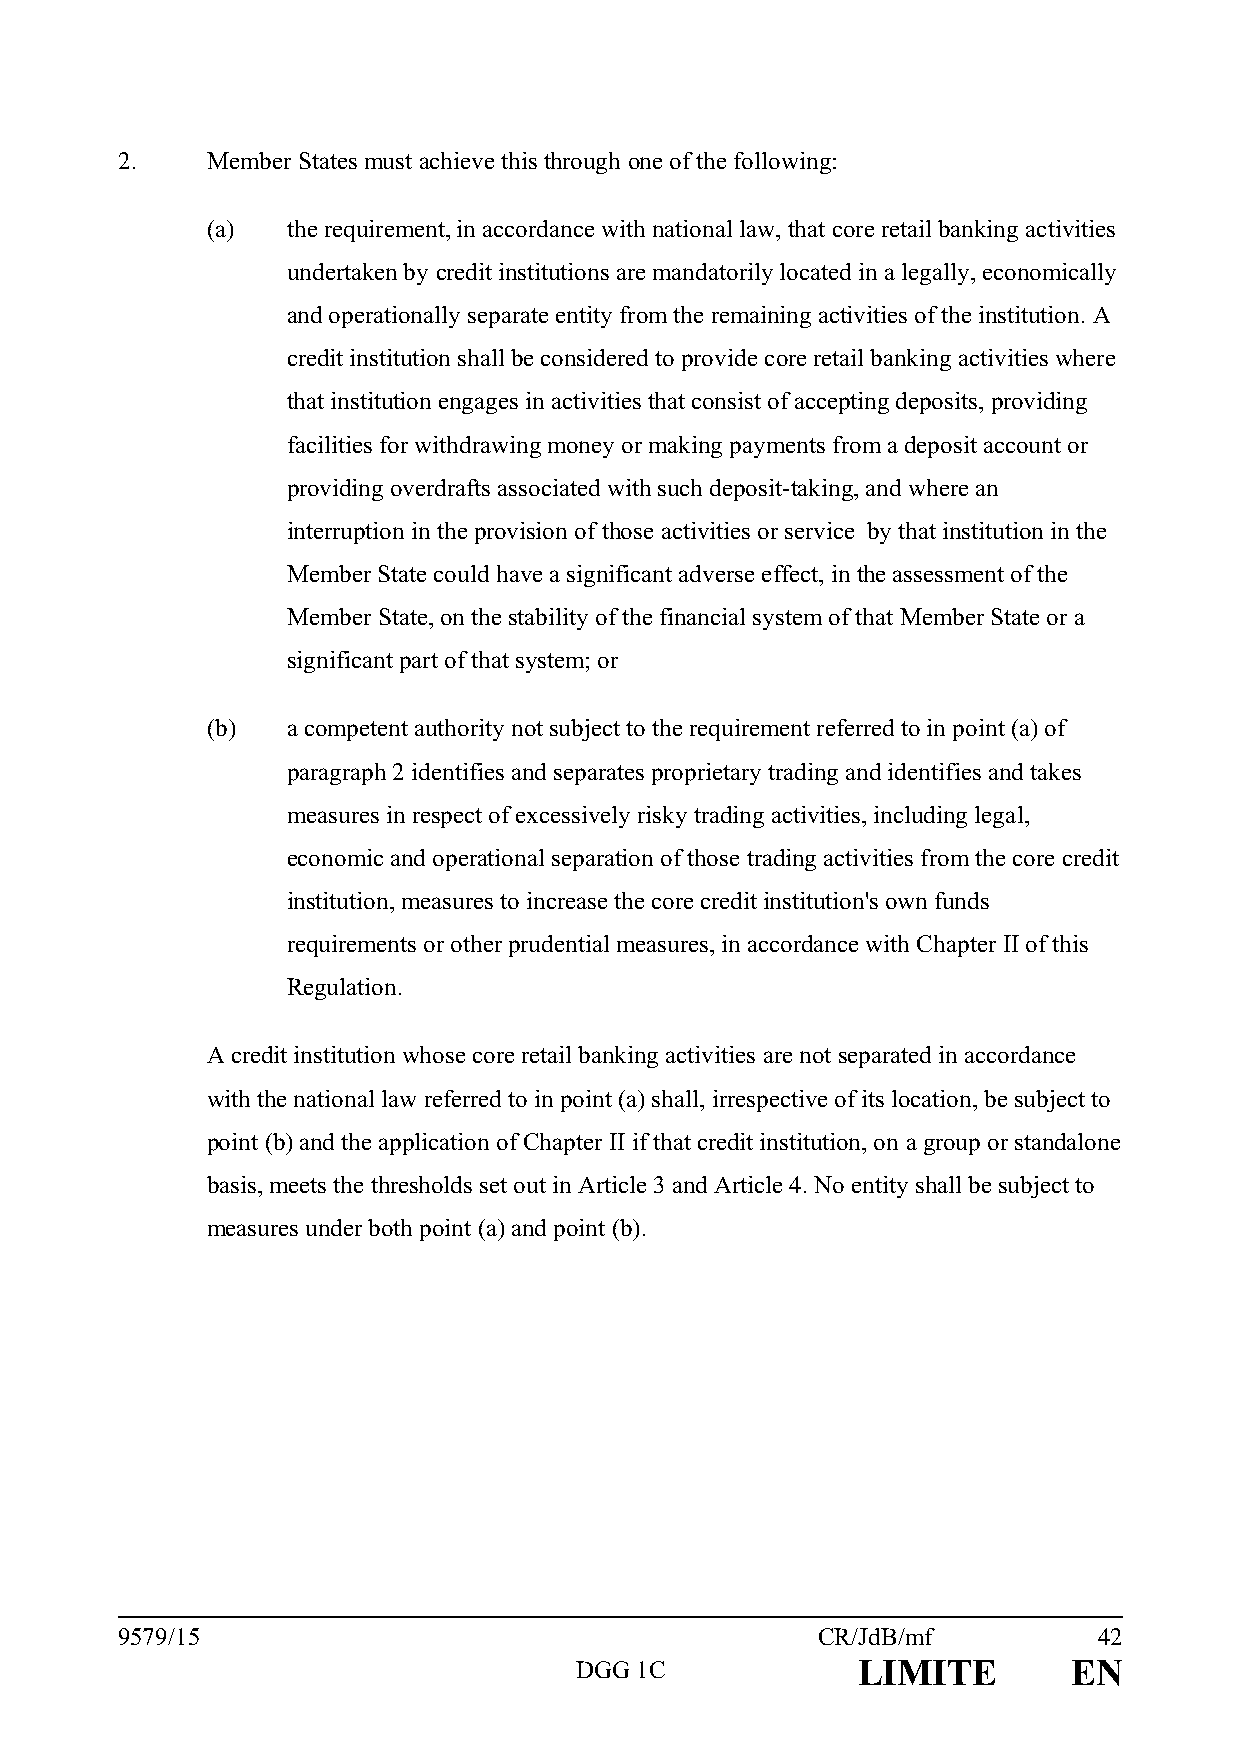
2.    Member States must achieve this through one of the following:
 (a)  the requirement, in accordance with national law, that core retail banking activities
 undertaken by credit institutions are mandatorily located in a legally, economically
 and operationally separate entity from the remaining activities of the institution. A
 credit institution shall be considered to provide core retail banking activities where
 that institution engages in activities that consist of accepting deposits, providing
 facilities for withdrawing money or making payments from a deposit account or
 providing overdrafts associated with such deposit-taking, and where an
 interruption in the provision of those activities or service by that institution in the
 Member State could have a significant adverse effect, in the assessment of the
 Member State, on the stability of the financial system of that Member State or a
 significant part of that system; or
 (b)  a competent authority not subject to the requirement referred to in point (a) of
 paragraph 2 identifies and separates proprietary trading and identifies and takes
 measures in respect of excessively risky trading activities, including legal,
 economic and operational separation of those trading activities from the core credit
 institution, measures to increase the core credit institution's own funds
 requirements or other prudential measures, in accordance with Chapter II of this
 Regulation.
 A credit institution whose core retail banking activities are not separated in accordance
 with the national law referred to in point (a) shall, irrespective of its location, be subject to
 point (b) and the application of Chapter II if that credit institution, on a group or standalone
 basis, meets the thresholds set out in Article 3 and Article 4. No entity shall be subject to
 measures under both point (a) and point (b).
 9579/15                                       CR/JdB/mf          42
 DGG 1C             LIMITE        EN